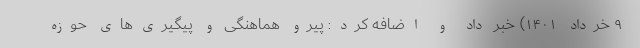
۹ خرداد ۱۴۰۱) خبر داد و اضافه کرد: پیرو هماهنگی و پیگیری‌های حوزه